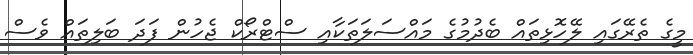
މީގެ ތެރޭގައި ލޭހޮޅިތައް ބެދުމުގެ މައްސަލަތަކާއި ސްޓްރޯކް ޖެހުން ފަދަ ބަލިތައް ވެސް